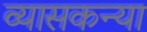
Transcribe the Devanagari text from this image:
व्यासकन्या